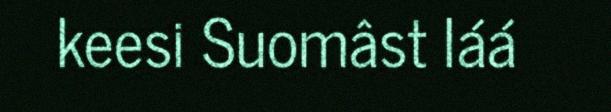
keesi Suomâst láá